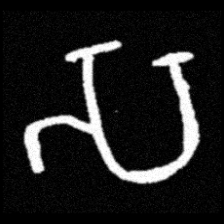
Pyu character \u2014 Myanmar letter: သ (romanized: sa)